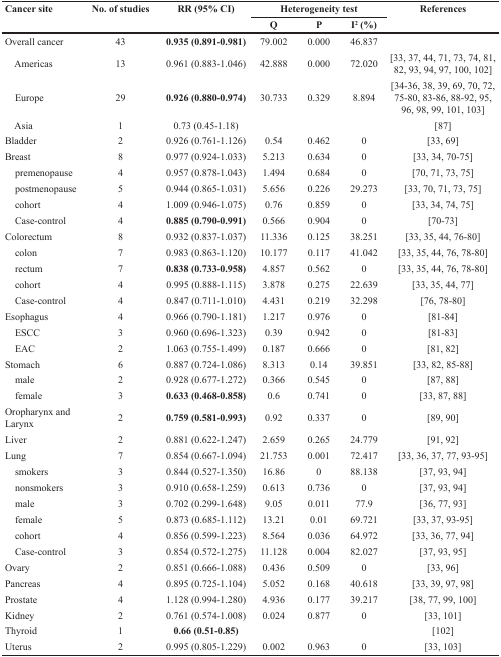
<table><thead><tr><td rowspan="2"><b>Cancer site</b></td><td rowspan="2"><b>No. of studies</b></td><td rowspan="2"><b>RR (95% CI)</b></td><td colspan="3"><b>Heterogeneity test</b></td><td rowspan="2"><b>References</b></td></tr><tr><td><b>Q</b></td><td><b>P</b></td><td><b>I<sup>2</sup>(%)</b></td></tr></thead><tbody><tr><td>Overall cancer</td><td>43</td><td><b>0.935 (0.891-0.981)</b></td><td>79.002</td><td>0.000</td><td>46.837</td><td></td></tr><tr><td> Americas</td><td>13</td><td>0.961 (0.883-1.046)</td><td>42.888</td><td>0.000</td><td>72.020</td><td>[33, 37, 44, 71, 73, 74, 81, 82, 93, 94, 97, 100, 102]</td></tr><tr><td> Europe</td><td>29</td><td><b>0.926 (0.880-0.974)</b></td><td>30.733</td><td>0.329</td><td>8.894</td><td>[34-36, 38, 39, 69, 70, 72, 75-80, 83-86, 88-92, 95, 96, 98, 99, 101, 103]</td></tr><tr><td> Asia</td><td>1</td><td>0.73 (0.45-1.18)</td><td></td><td></td><td></td><td>[87]</td></tr><tr><td>Bladder</td><td>2</td><td>0.926 (0.761-1.126)</td><td>0.54</td><td>0.462</td><td>0</td><td>[33, 69]</td></tr><tr><td>Breast</td><td>8</td><td>0.977 (0.924-1.033)</td><td>5.213</td><td>0.634</td><td>0</td><td>[33, 34, 70-75]</td></tr><tr><td> premenopause</td><td>4</td><td>0.957 (0.878-1.043)</td><td>1.494</td><td>0.684</td><td>0</td><td>[70, 71, 73, 75]</td></tr><tr><td> postmenopause</td><td>5</td><td>0.944 (0.865-1.031)</td><td>5.656</td><td>0.226</td><td>29.273</td><td>[33, 70, 71, 73, 75]</td></tr><tr><td> cohort</td><td>4</td><td>1.009 (0.946-1.075)</td><td>0.76</td><td>0.859</td><td>0</td><td>[33, 34, 74, 75]</td></tr><tr><td> Case-control</td><td>4</td><td><b>0.885 (0.790-0.991)</b></td><td>0.566</td><td>0.904</td><td>0</td><td>[70-73]</td></tr><tr><td>Colorectum</td><td>8</td><td>0.932 (0.837-1.037)</td><td>11.336</td><td>0.125</td><td>38.251</td><td>[33, 35, 44, 76-80]</td></tr><tr><td> colon</td><td>7</td><td>0.983 (0.863-1.120)</td><td>10.177</td><td>0.117</td><td>41.042</td><td>[33, 35, 44, 76, 78-80]</td></tr><tr><td> rectum</td><td>7</td><td><b>0.838 (0.733-0.958)</b></td><td>4.857</td><td>0.562</td><td>0</td><td>[33, 35, 44, 76, 78-80]</td></tr><tr><td> cohort</td><td>4</td><td>0.995 (0.888-1.115)</td><td>3.878</td><td>0.275</td><td>22.639</td><td>[33, 35, 44, 77]</td></tr><tr><td> Case-control</td><td>4</td><td>0.847 (0.711-1.010)</td><td>4.431</td><td>0.219</td><td>32.298</td><td>[76, 78-80]</td></tr><tr><td>Esophagus</td><td>4</td><td>0.966 (0.790-1.181)</td><td>1.217</td><td>0.976</td><td>0</td><td>[81-84]</td></tr><tr><td> ESCC</td><td>3</td><td>0.960 (0.696-1.323)</td><td>0.39</td><td>0.942</td><td>0</td><td>[81-83]</td></tr><tr><td> EAC</td><td>2</td><td>1.063 (0.755-1.499)</td><td>0.187</td><td>0.666</td><td>0</td><td>[81, 82]</td></tr><tr><td>Stomach</td><td>6</td><td>0.887 (0.724-1.086)</td><td>8.313</td><td>0.14</td><td>39.851</td><td>[33, 82, 85-88]</td></tr><tr><td> male</td><td>2</td><td>0.928 (0.677-1.272)</td><td>0.366</td><td>0.545</td><td>0</td><td>[87, 88]</td></tr><tr><td> female</td><td>3</td><td><b>0.633 (0.468-0.858)</b></td><td>0.6</td><td>0.741</td><td>0</td><td>[33, 87, 88]</td></tr><tr><td>Oropharynx and Larynx</td><td>2</td><td><b>0.759 (0.581-0.993)</b></td><td>0.92</td><td>0.337</td><td>0</td><td>[89, 90]</td></tr><tr><td>Liver</td><td>2</td><td>0.881 (0.622-1.247)</td><td>2.659</td><td>0.265</td><td>24.779</td><td>[91, 92]</td></tr><tr><td>Lung</td><td>7</td><td>0.854 (0.667-1.094)</td><td>21.753</td><td>0.001</td><td>72.417</td><td>[33, 36, 37, 77, 93-95]</td></tr><tr><td> smokers</td><td>3</td><td>0.844 (0.527-1.350)</td><td>16.86</td><td>0</td><td>88.138</td><td>[37, 93, 94]</td></tr><tr><td> nonsmokers</td><td>3</td><td>0.910 (0.658-1.259)</td><td>0.613</td><td>0.736</td><td>0</td><td>[37, 93, 94]</td></tr><tr><td> male</td><td>3</td><td>0.702 (0.299-1.648)</td><td>9.05</td><td>0.011</td><td>77.9</td><td>[36, 77, 93]</td></tr><tr><td> female</td><td>5</td><td>0.873 (0.685-1.112)</td><td>13.21</td><td>0.01</td><td>69.721</td><td>[33, 37, 93-95]</td></tr><tr><td> cohort</td><td>4</td><td>0.856 (0.599-1.223)</td><td>8.564</td><td>0.036</td><td>64.972</td><td>[33, 36, 77, 94]</td></tr><tr><td> Case-control</td><td>3</td><td>0.854 (0.572-1.275)</td><td>11.128</td><td>0.004</td><td>82.027</td><td>[37, 93, 95]</td></tr><tr><td>Ovary</td><td>2</td><td>0.851 (0.666-1.088)</td><td>0.436</td><td>0.509</td><td>0</td><td>[33, 96]</td></tr><tr><td>Pancreas</td><td>4</td><td>0.895 (0.725-1.104)</td><td>5.052</td><td>0.168</td><td>40.618</td><td>[33, 39, 97, 98]</td></tr><tr><td>Prostate</td><td>4</td><td>1.128 (0.994-1.280)</td><td>4.936</td><td>0.177</td><td>39.217</td><td>[38, 77, 99, 100]</td></tr><tr><td>Kidney</td><td>2</td><td>0.761 (0.574-1.008)</td><td>0.024</td><td>0.877</td><td>0</td><td>[33, 101]</td></tr><tr><td>Thyroid</td><td>1</td><td><b>0.66 (0.51-0.85)</b></td><td></td><td></td><td></td><td>[102]</td></tr><tr><td>Uterus</td><td>2</td><td>0.995 (0.805-1.229)</td><td>0.002</td><td>0.963</td><td>0</td><td>[33, 103]</td></tr></tbody></table>